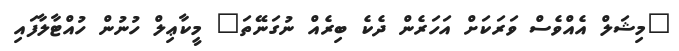
"މިޝަލް އެއްވެސް ވަރަކަށް އަހަރެން ދެކެ ބިރެއް ނުގަނޭތަ" މީކާޢިލް ހުނުން ހުއްޓާލާފައި